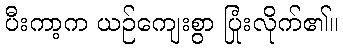
ပီးကာ့က ယဉ်ကျေးစွာ ပြုံးလိုက်၏။